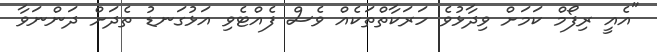
"އެއީ ރިފޯމް ކަމަށް ވިދާޅުވެ ހަރަކާތްތަކެއް ވެސް ފެއްޓެވި އަޅުގަނޑު ތެދަށް ދަންނަވާ